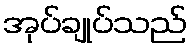
အုပ်ချုပ်သည်